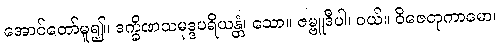
အောင်တော်မူ၍။ ဒက္ခိဏသမုဒ္ဒပရိယန္တံ၊ သော။ ဇမ္ဗူဒီပါ၊ ဝယ်။ ဝိဇေတုကာမော၊